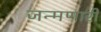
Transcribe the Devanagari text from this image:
जन्मणारी